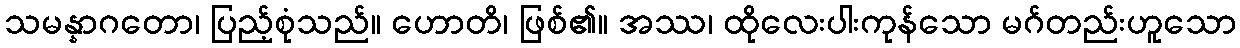
သမန္နာဂတော၊ ပြည့်စုံသည်။ ဟောတိ၊ ဖြစ်၏။ အဿ၊ ထိုလေးပါးကုန်သော မဂ်တည်းဟူသော